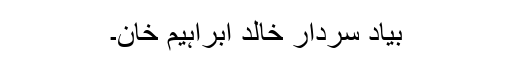
بیاد سردار خالد ابراہیم خان۔